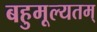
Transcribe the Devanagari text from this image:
बहुमूल्यतम्